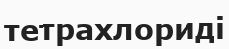
тетрахлориді